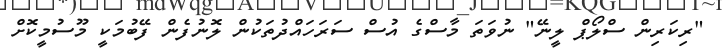
"ރިކަރިން ސްލޯޕް ލީނޭ" ނުވަތަ މާސްގެ އުސް ސަރަހައްދުތަކުން ލޮނުފެން ފޭބުމަކީ މޫސުމީކޮށް